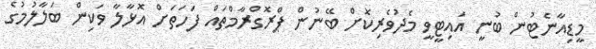
މީޑިއާނެޓުން ބުނީ އައިޓީވީ މެދުވެރިކޮށް ބޭނުން ޕްރޮގްރާމްތައް ފަހަތަށް އޮޅާލާ ވަކިން ބަލާލުމުގެ